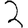
Digit: 3